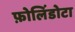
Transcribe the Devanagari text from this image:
फ़ोलिंडोटा